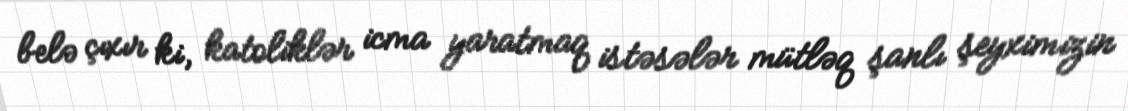
belə çıxır ki, katoliklər icma yaratmaq istəsələr mütləq şanlı şeyximizin